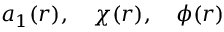
a _ { 1 } ( r ) , \quad \chi ( r ) , \quad \phi ( r )